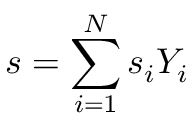
s = \sum _ { i = 1 } ^ { N } s _ { i } Y _ { i }